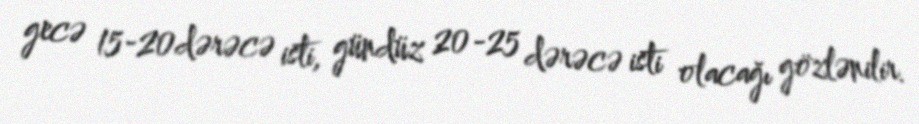
gecə 15-20dərəcə isti, gündüz 20-25 dərəcə isti olacağı gözlənilir.